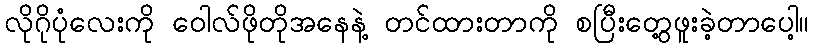
လိုဂိုပုံလေးကို ဝေါလ်ဖိုတိုအနေနဲ့ တင်ထားတာကို စပြီးတွေ့ဖူးခဲ့တာပေါ့။